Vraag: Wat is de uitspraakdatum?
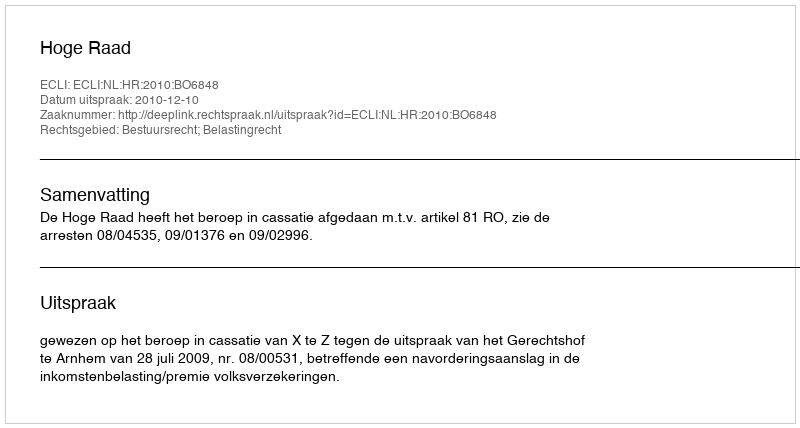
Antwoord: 2010-12-10